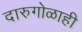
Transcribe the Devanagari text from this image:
दारुगोळाही